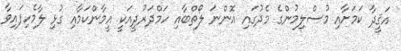
އަޤީދާ ކަމަށާއި މުސްލިމުންގެ މެދުގައި އޮންނަ ލޯތްބާއި ހަމްދަރުދީއަކީ އީމާންކަމާއި ގުޅި ލާމެހިފައިވާ